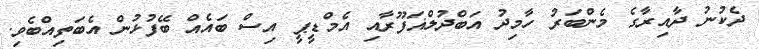
ދެކުނު ދާއިރާގެ މެންބަރު ހާމިދު އަބްދުލްޣަފޫރާއި އެމްޑީޕީ އިސް ބައެއް ބޭފުޅުން އެބަތިއްބެވި.